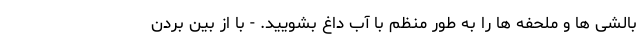
بالشی ها و ملحفه ها را به طور منظم با آب داغ بشویید. - با از بین بردن